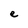
Character: e